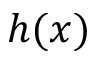
h ( x )